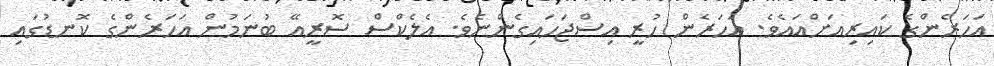
އަހަރެންގެ ކައިރިއަށްއައެވެ. އަހަރެން ހުރީ އިސްޖަހައިގެންނެވެ. އެލެކްސް ސޮރީއޭ ބުނަމުން އަހަރެންގެ ކޮނޑުގައި